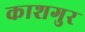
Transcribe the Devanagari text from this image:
काशगुर